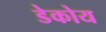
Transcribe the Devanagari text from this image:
डेकोय